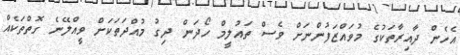
އެހެން ދާއިރާތަކުގެ މުވައްޒަފުންނަށް ވެސް ތައުލީމް ހޯދަން ދިގު މުއްދަތަކަށް ވީއްލޭނެ ގޮތްތަކެއް